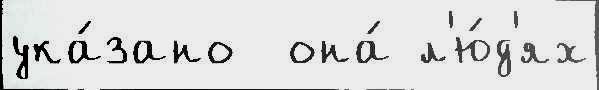
ука́зано  она́ л'ю́д'ях